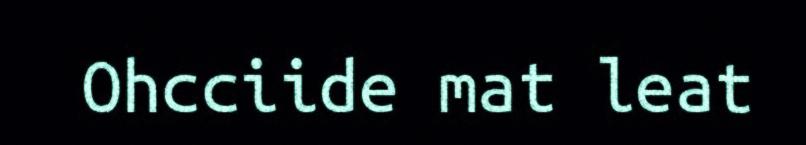
Ohcciide mat leat